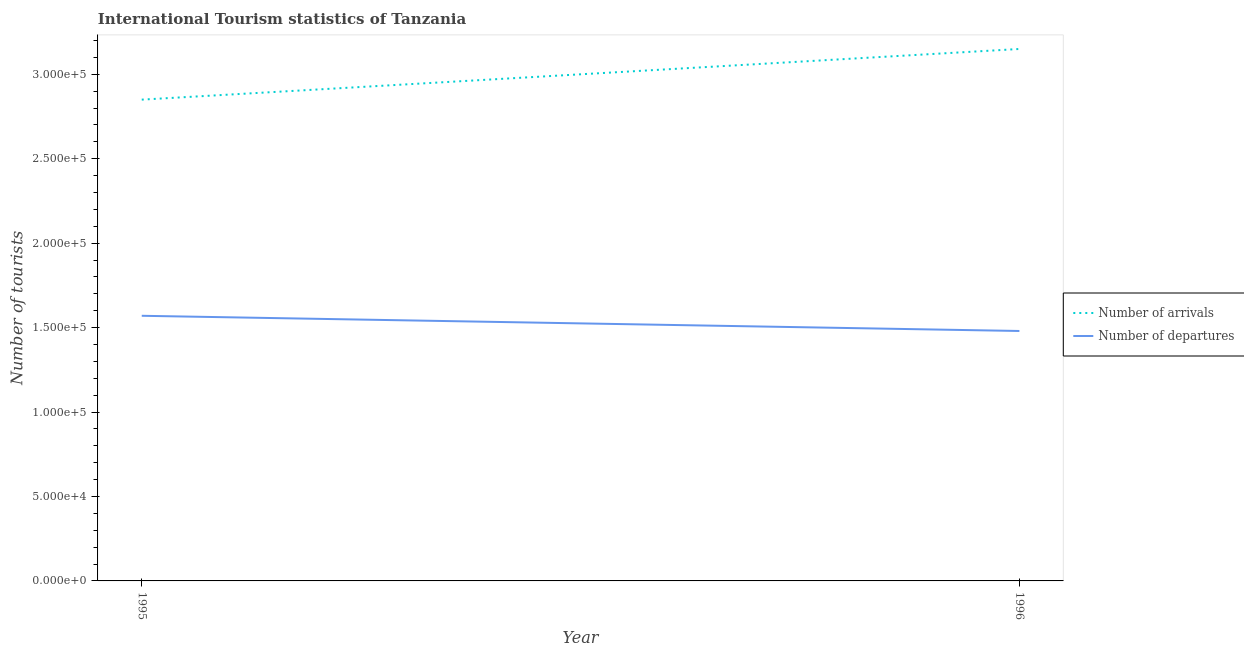
| Year | Number of arrivals | Number of departures |
 | --- | --- | --- |
 | 1995 | 2.85e+05 | 1.57e+05 |
 | 1996 | 3.15e+05 | 1.48e+05 |